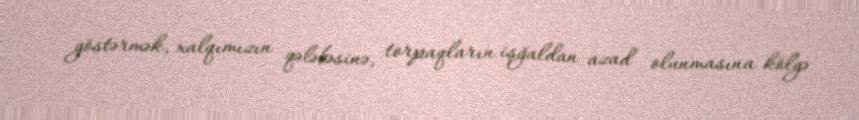
göstərmək, xalqımızın qələbəsinə, torpaqların işğaldan azad olunmasına kölgə